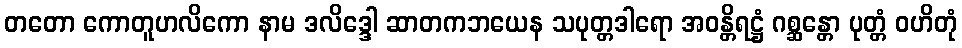
တတော ကောတူဟလိကော နာမ ဒလိဒ္ဒေါ ဆာတကဘယေန သပုတ္တဒါရော အဝန္တိရဋ္ဌံ ဂစ္ဆန္တော ပုတ္တံ ဝဟိတုံ